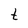
Character: t